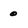
Character: 0